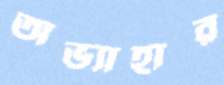
অভ্যাহার